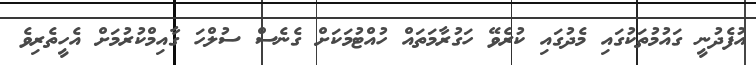
އުފެދުނީ ގައުމުތަކުގައި މެދުގައި ކުރެވޭ ހަގުރާމަތައް ހުއްޓުމަކަށް ގެނެސް ސުލްހަ ގާއިމްކުރުމަށް އެހީތެރިވެ